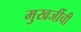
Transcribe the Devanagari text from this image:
मुखर्जीची